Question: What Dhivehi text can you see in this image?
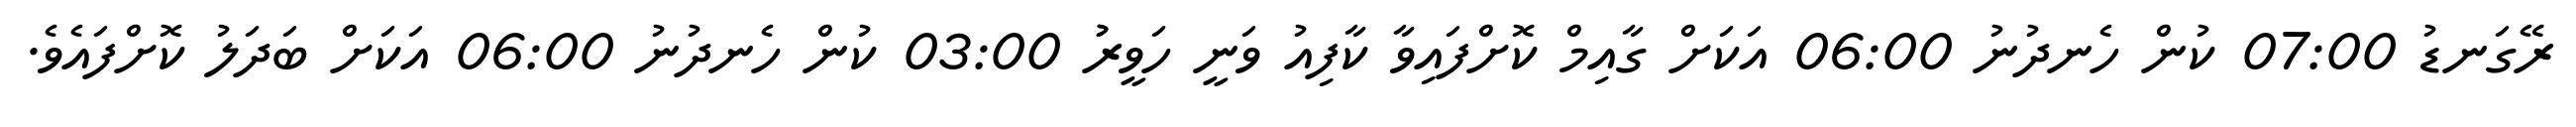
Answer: ރޭގަނޑު 07:00 ކުން ހެނދުނު 06:00 އަކަށް ގާއިމް ކޮށްފައިވާ ކާފިއު ވަނީ ހަވީރުު 03:00 ކުން ހެނދުނު 06:00 އަކަށް ބަދަލު ކޮށްފައެވެ.